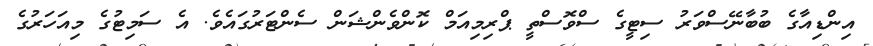
އިންޑިއާގެ ބުބާނޭސްވަރު ސިޓީގެ ސްވޮސްތީ ޕްރިމިއަމް ކޮންވެންޝަން ސެންޓަރުގައެވެ. އެ ސަމިޓުގެ މިއަހަރުގެ